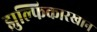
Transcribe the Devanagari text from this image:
झुल्फिकारखान